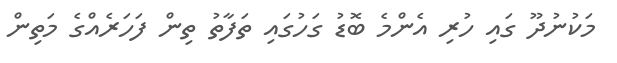
މަކުނުދޫ ގައި ހުރި އެންމެ ބޮޑު ގަހުގައި ތަފާތު ތިން ފަހަރެއްގެ މަތިން